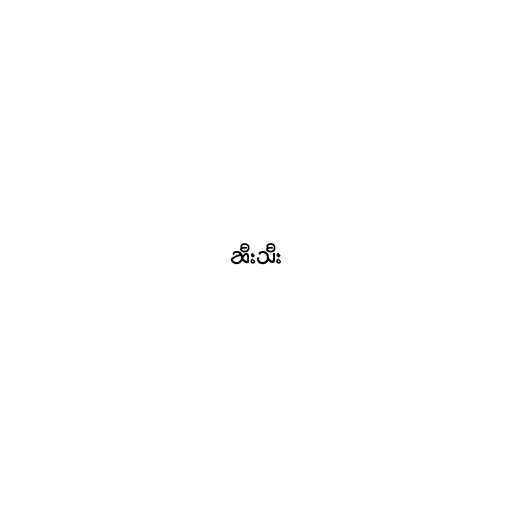
ဆီးသီး